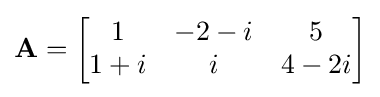
\mathbf {A} ={\begin{bmatrix}1&-2-i&5\\1+i&i&4-2i\end{bmatrix}}